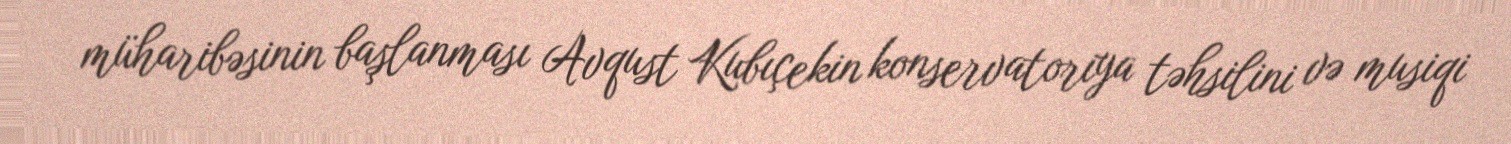
müharibəsinin başlanması Avqust Kubıçekin konservatoriya təhsilini və musiqi